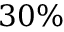
3 0 \%